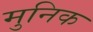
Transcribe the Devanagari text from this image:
मुनिक